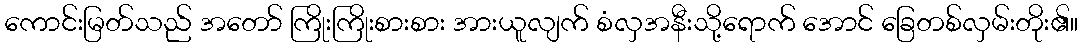
ကောင်းမြတ်သည် အတော် ကြိုးကြိုးစားစား အားယူလျက် စံလှအနီးသို့ရောက် အောင် ခြေတစ်လှမ်းတိုး၏။